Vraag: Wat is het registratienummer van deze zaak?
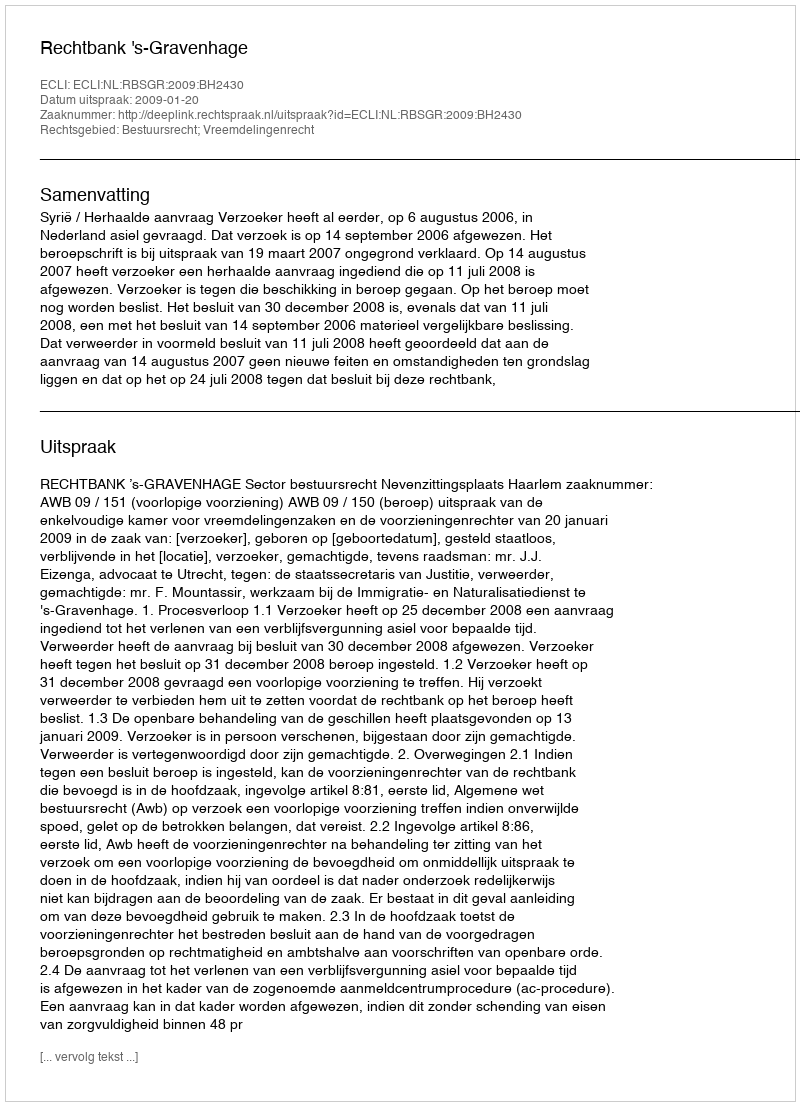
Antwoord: http://deeplink.rechtspraak.nl/uitspraak?id=ECLI:NL:RBSGR:2009:BH2430